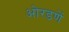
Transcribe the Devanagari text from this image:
ओरडणें